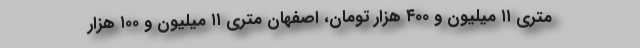
متری ۱۱ میلیون و ۴۰۰ هزار تومان، اصفهان متری ۱۱ میلیون و ۱۰۰ هزار